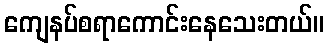
ကျေနပ်စရာကောင်းနေသေးတယ်။